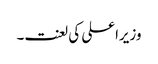
وزیراعلی کی لعنت۔